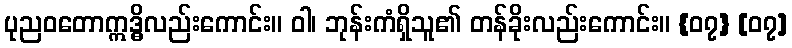
ပုညဝတောဣဒ္ဓိလည်းကောင်း။ ဝါ၊ ဘုန်းကံရှိသူ၏ တန်ခိုးလည်းကောင်း။ {၀၇} [၀၇]